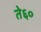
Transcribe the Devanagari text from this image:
ते६०